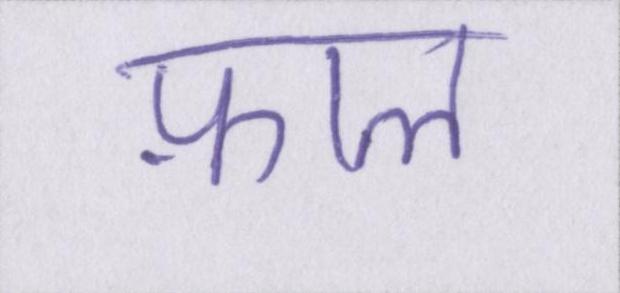
फ़ाल